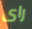
راى